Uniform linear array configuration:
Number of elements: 16
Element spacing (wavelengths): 0.5
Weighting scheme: hamming
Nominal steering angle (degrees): -60
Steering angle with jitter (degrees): -60.998
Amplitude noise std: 0.05
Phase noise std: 0.05

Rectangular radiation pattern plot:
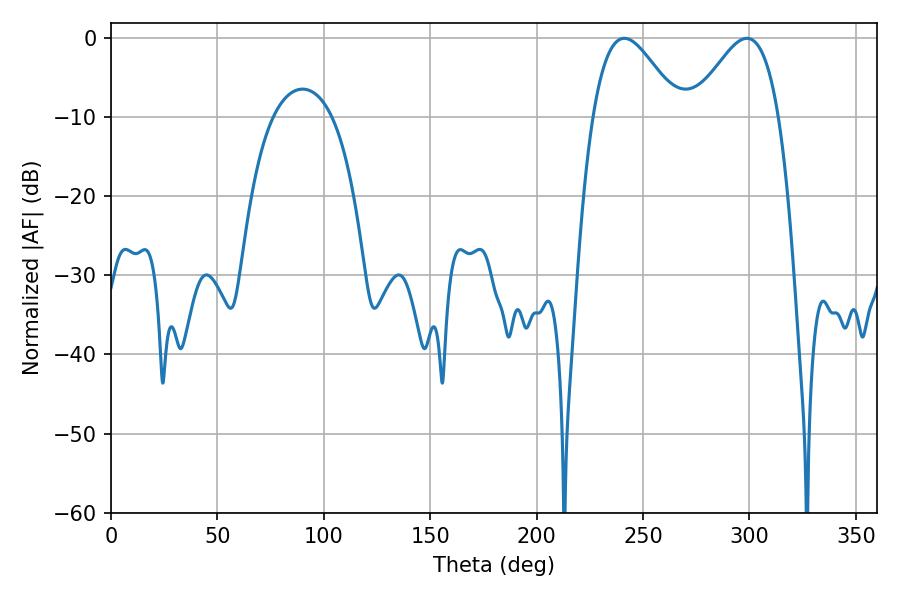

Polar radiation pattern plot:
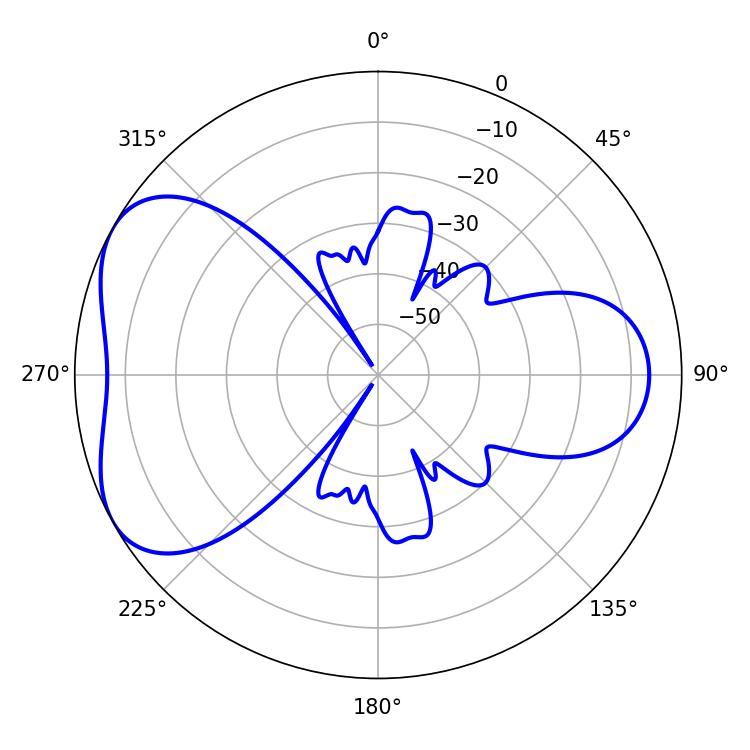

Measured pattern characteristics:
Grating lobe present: FALSE
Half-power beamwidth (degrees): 21.6
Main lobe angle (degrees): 241.2